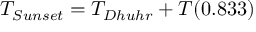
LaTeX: T _ { S u n s e t } = T _ { D h u h r } + T ( 0 . 8 3 3 )